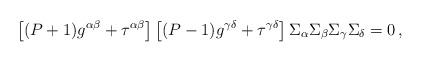
LaTeX: \begin{align*}\left[(P+1) g^{\alpha\beta} + \tau^{\alpha\beta}\right]\left[(P-1) g^{\gamma\delta} + \tau^{\gamma\delta}\right]\Sigma_\alpha\Sigma_\beta\Sigma_\gamma\Sigma_\delta=0 \, , \end{align*}